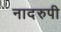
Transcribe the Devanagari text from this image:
नादरुपी